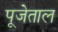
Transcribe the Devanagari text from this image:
पूजेताल